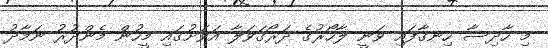
މި ހާދިސާ ހިނގާފައި ވަނީ ލާހޯރުގެ ދަރޯގަވަލާ އަވަށުގައި މީހުން މެންދުރު ނަމާދު